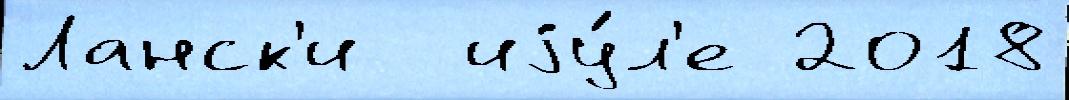
Ланск'и  иjу́л'е 2018